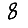
Digit: 8